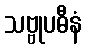
သဗ္ဗုပဓီနံ